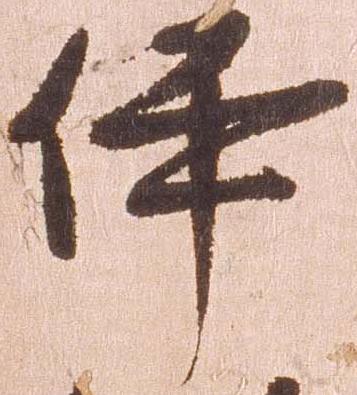
伊